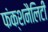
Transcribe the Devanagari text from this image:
फंक्शनैलिटी